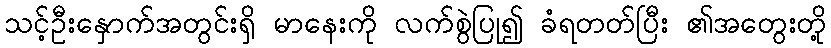
သင့်ဦးနှောက်အတွင်းရှိ မာနေးကို လက်စွဲပြု၍ ခံရတတ်ပြီး ၏အတွေးတို့